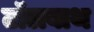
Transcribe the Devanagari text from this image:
टॉलबाथ